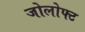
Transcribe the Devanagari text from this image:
जोलोफ्ट